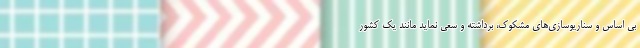
بی اساس و سناریوسازی‌های مشکوک، برداشته و سعی نماید مانند یک کشور